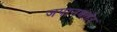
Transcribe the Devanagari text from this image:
जपानबाहेर